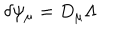
\delta \psi _ { \mu } = D _ { \mu } \Lambda